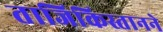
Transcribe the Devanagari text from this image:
ताजिकिस्तानने